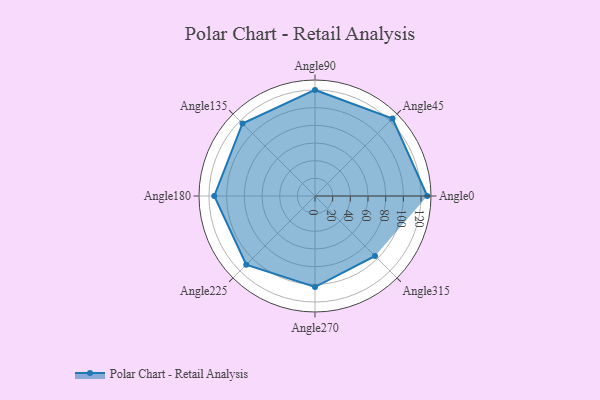
{"axis": {"x": "Angle", "y": "Radius"}, "legend": [""], "data": [{"x": "Angle0", "y": 127.0, "type": ""}, {"x": "Angle45", "y": 124.0, "type": ""}, {"x": "Angle90", "y": 120.0, "type": ""}, {"x": "Angle135", "y": 116.0, "type": ""}, {"x": "Angle180", "y": 114.0, "type": ""}, {"x": "Angle225", "y": 110.0, "type": ""}, {"x": "Angle270", "y": 103.0, "type": ""}, {"x": "Angle315", "y": 96.0, "type": ""}]}